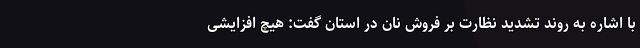
با اشاره به روند تشدید نظارت بر فروش نان در استان گفت: هیچ افزایشی